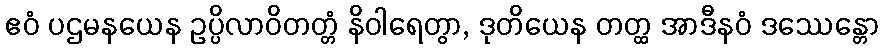
ဧဝံ ပဌမနယေန ဥပ္ပိလာဝိတတ္တံ နိဝါရေတွာ, ဒုတိယေန တတ္ထ အာဒီနဝံ ဒဿေန္တော